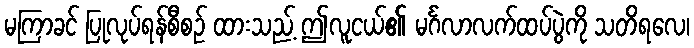
မကြာခင် ပြုလုပ်ရန်စီစဉ် ထားသည့် ဤလူငယ်၏ မင်္ဂလာလက်ထပ်ပွဲကို သတိရလေ၊